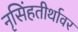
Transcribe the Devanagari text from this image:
नृसिंहतीर्थावर